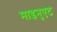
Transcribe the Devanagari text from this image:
माइनुएट